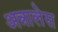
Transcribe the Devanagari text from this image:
अन्नालेस